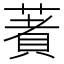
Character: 𦹘